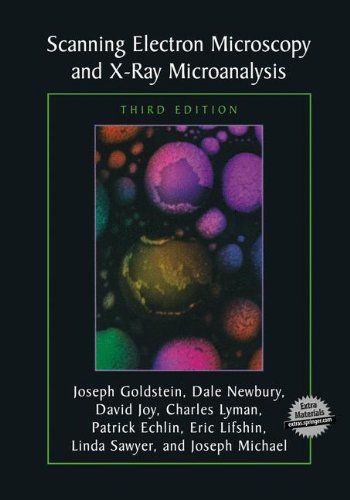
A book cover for Scanning Electron Microscopy and X-ray Microanalysis: Third Edition; Joseph Goldstein; Medical Books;